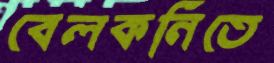
বেলকনিতে